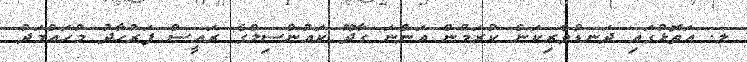
ލ. އަތޮޅުގައި ދަނޑުވެރިކަން ކުރަމުން އަންނަ ގާދޫ ކައުންސިލްގެ ރައީސް ފަރުހާދު މުހައްމަދު